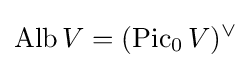
\operatorname {Alb} V=(\operatorname {Pic} _{0}V)^{\vee }